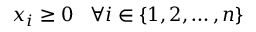
x _ { i } \geq 0 \; \; \; \forall i \in \{ 1 , 2 , \ldots , n \}